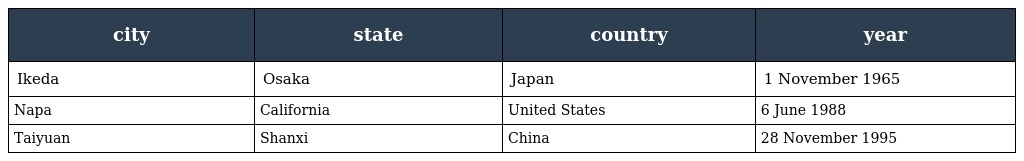
| city | state | country | year |
 | --- | --- | --- | --- |
 | Ikeda | Osaka | Japan | 1 November 1965 |
 | Napa | California | United States | 6 June 1988 |
 | Taiyuan | Shanxi | China | 28 November 1995 |